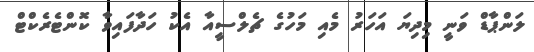
ލަންޕާޑް ވަނީ މިދިޔަ އަހަރު މެއި މަހުގެ ޗެލްސީއާ އެކު ހަދާފައިވާ ކޮންޓެރެކްޓް